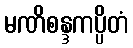
မဏိစန္ဒကပ္ပိတံ